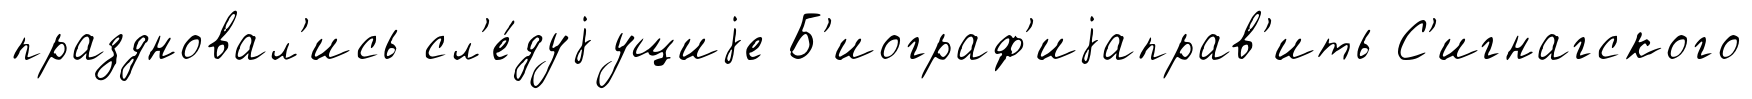
праздновал'ись сл'е́дуjущиjе Б'иограф'иjаправ'ить С'игнагского